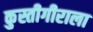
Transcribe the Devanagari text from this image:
कुस्तीगीराला